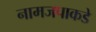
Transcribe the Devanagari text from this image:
नामजपाकडे